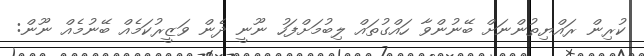
ކުރިން ރައްޔިތުންނަށް ބޭނުންވާ ހައްގުތައް ލިބުމަށްފަހު ނޫނީ ދެން ވަޒީރުކަމެއް ބޭނުމެއް ނޫން: